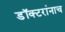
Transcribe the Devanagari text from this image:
डॉक्टरांनाच